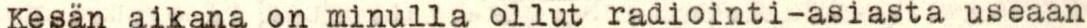
Kesän aikana on minulla ollut radiointi-asiasta useaan